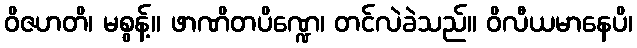
ဝိဇဟတိ၊ မစွန့်။ ဖာဏိတပိဏ္ဍေ၊ တင်လဲခဲသည်။ ဝိလီယမာနေပိ၊